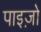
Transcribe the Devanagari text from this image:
पाइज़ो